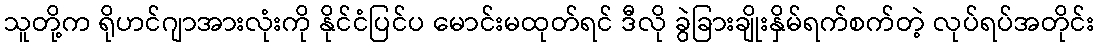
သူတို့က ရိုဟင်ဂျာအားလုံးကို နိုင်ငံပြင်ပ မောင်းမထုတ်ရင် ဒီလို ခွဲခြားချိုးနှိမ်ရက်စက်တဲ့ လုပ်ရပ်အတိုင်း